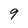
Character: 9